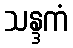
သန္ဒကံ